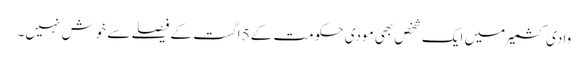
وادی کشمیر میں ایک شخص بھی مودی حکومت کے5 اگست کے فیصلے سے خوش نہیں۔